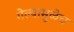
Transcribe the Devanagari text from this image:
गेल्यामुळेच